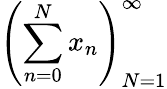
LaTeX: \left(\sum_{n=0}^{N}x_{n}\right)_{N=1}^{\infty}